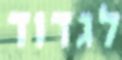
לגדוד